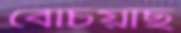
বেচিয়াছ